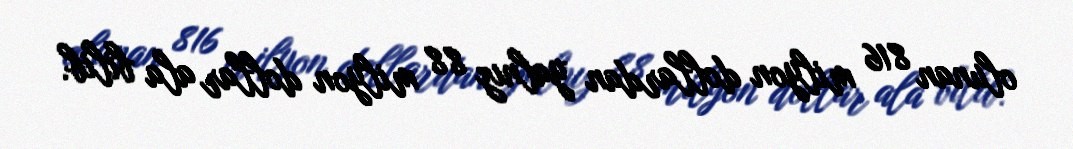
olunan 816 milyon dollardan yalnız 88 milyon dollar ala bilib.